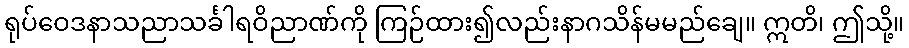
ရုပ်ဝေဒနာသညာသင်္ခါရဝိညာဏ်ကို ကြဉ်ထား၍လည်းနာဂသိန်မမည်ချေ။ ဣတိ၊ ဤသို့။